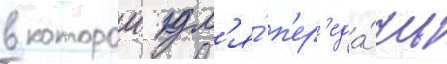
в которои дл'я́ п'ер'еда́чи